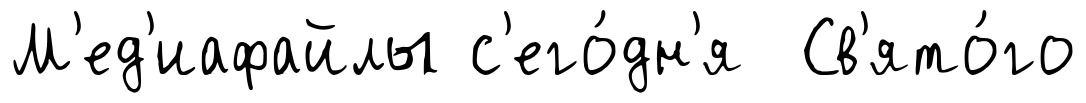
М'ед'иафайлы с'его́дн'я Св'ято́го